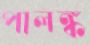
পালঙ্ক